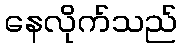
နေလိုက်သည်